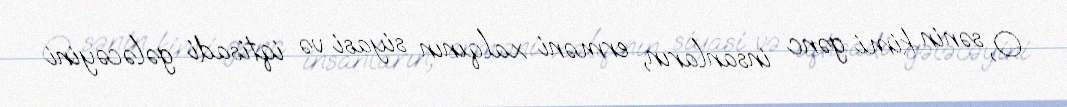
O, sənin kimi gənc insanların, erməni xalqının siyasi və iqtisadi gələcəyini